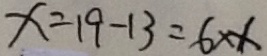
x = 1 9 - 1 3 = 6 \times x